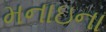
મનાઇના